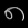
Digit: ၈